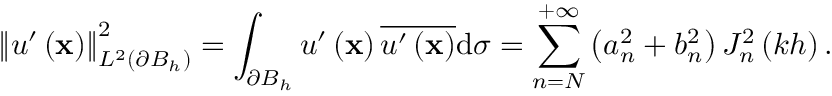
\left\Vert u ^ { \prime } \left( \mathbf { x } \right) \right\Vert _ { L ^ { 2 } \left( \partial B _ { h } \right) } ^ { 2 } = \int _ { \partial B _ { h } } u ^ { \prime } \left( \mathbf { x } \right) \overline { { u ^ { \prime } \left( \mathbf { x } \right) } } \mathrm { d } \sigma = \sum _ { n = N } ^ { + \infty } \left( a _ { n } ^ { 2 } + b _ { n } ^ { 2 } \right) J _ { n } ^ { 2 } \left( k h \right) .